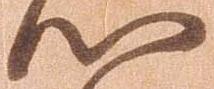
以